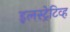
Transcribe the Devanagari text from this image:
इलस्ट्रेटिव्ह